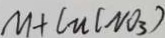
M + C u ( N O _ { 3 } )